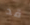
قد